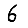
Digit: 6